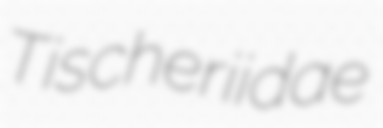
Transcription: Tischeriidae